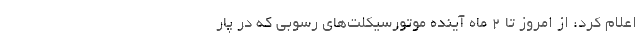
اعلام کرد: از امروز تا ۲ ماه آینده موتورسیکلت‌های رسوبی که در پار